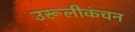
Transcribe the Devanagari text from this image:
उरूलीकंचन